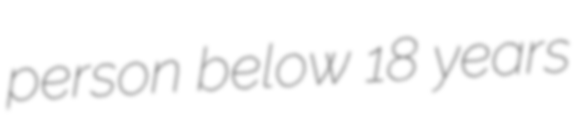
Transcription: person below 18 years